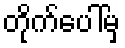
တိုက်ပေါ်မှ